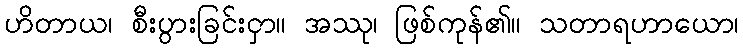
ဟိတာယ၊ စီးပွားခြင်းငှာ။ အဿု၊ ဖြစ်ကုန်၏။ သတာရဟာယော၊